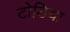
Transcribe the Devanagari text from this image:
टोडिया